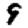
Digit: 9